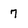
Character: 7